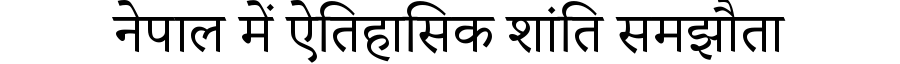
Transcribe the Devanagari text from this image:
नेपाल में ऐतिहासिक शांति समझौता